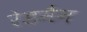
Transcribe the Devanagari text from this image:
रेडमैन